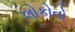
લોકોતો